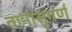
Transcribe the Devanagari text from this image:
तानासुगर्ण